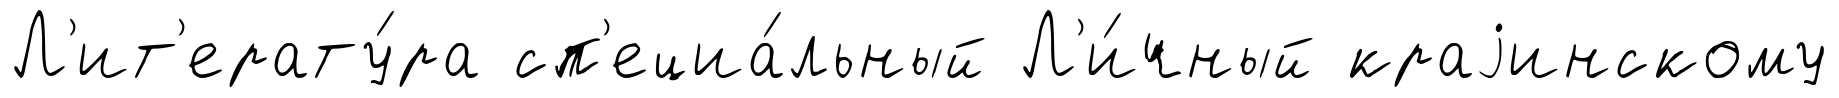
Л'ит'ерату́ра сп'ециа́льный Л'и́чный краjинскому